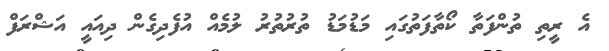
އެ ރީތި ތުންފަތާ ކޯތާފަތުގައި މަޑުމަޑު ތުރުތުރު ލުމެއް އުފެދިގެން ދިއައީ އަޝްރަފް